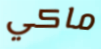
ماكي